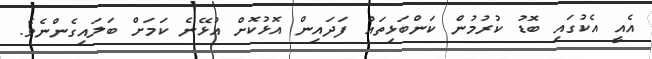
އެއީ އެކުގައި ބޮޑު ކުރުމުން ކަންބަޅިތައް ފަދައިން އޮޅުކޮށް އުޅޭނެ ކަމަށް ބަލައިގެންނެވެ.